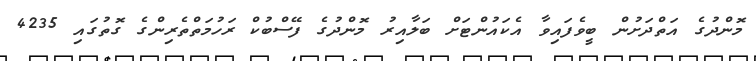
މޮންދުގެ އަތްދަށުން ބީވެފައިވާ އެކައުންޓަށް ބަލާއިރު މޮންދުގެ ފޭސްބުކް ރަހުމަތްތެރިންގެ ގޮތުގައި 4235